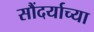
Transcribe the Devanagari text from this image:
सौंदर्याच्या